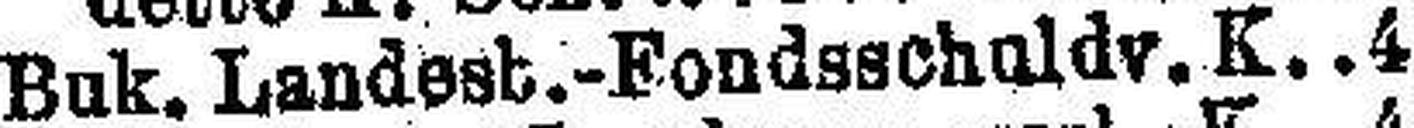
Buk. Landest.-Fondsschuldv. K. 4